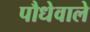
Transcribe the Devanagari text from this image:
पौधेवाले